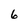
Character: 6